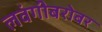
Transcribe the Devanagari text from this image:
लवंगीबरोबर